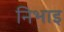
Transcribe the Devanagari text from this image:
निभाइ